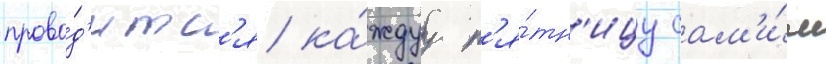
прово́д'итс'я ка́ждуу п'я́тн'ицу сам'и́м